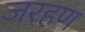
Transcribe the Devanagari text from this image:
जरहण